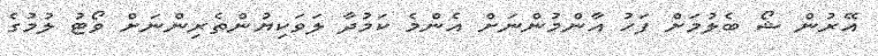
އޭރުން ޝޯ ބެލުމަށް ފަހު އާންމުންނަށް އެންމެ ކަމުދާ ލަވަކިޔުންތެރިންނަށް ވޯޓު ލުމުގެ